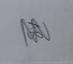
Signature authenticity: genuine